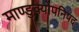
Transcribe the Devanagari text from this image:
माण्डुक्योपनिषद